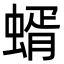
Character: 蝑